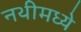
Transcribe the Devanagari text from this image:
नथीमध्ये